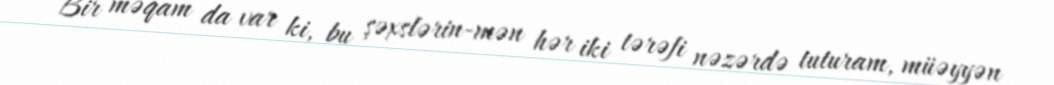
Bir məqam da var ki, bu şəxslərin-mən hər iki tərəfi nəzərdə tuturam, müəyyən